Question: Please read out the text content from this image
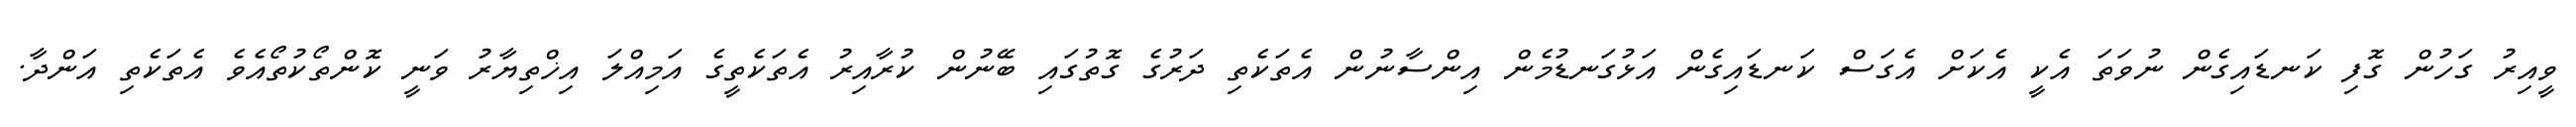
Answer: ވީއިރު ގަހުން ގޮފި ކަނޑައިގެން ނުވަތަ އެކީ އެކަށް އެގަސް ކަނޑައިގެން އަޅުގަނޑުމެން އިންސާނުން އެތަކެތި ދަރުގެ ގޮތުގައި ބޭނުން ކުރާއިރު އެތަކެތީގެ އަމިއްލަ އިޚްތިޔާރު ވަނީ ކޮންތޯކުތޯއެވެ އެތަކެތި އަންދާ.